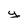
Character: y